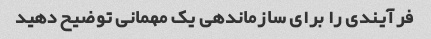
فرآیندی را برای سازماندهی یک مهمانی توضیح دهید